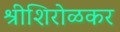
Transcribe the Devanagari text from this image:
श्रीशिरोळकर